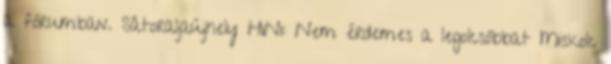
a fórumban. Sátoraljaújhely H1N1: Nem érdemes a legolcsóbbat Miskolc